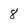
Character: 8